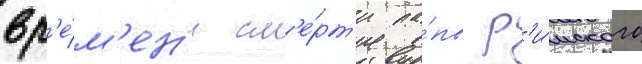
вр'е́м'ен'и см'е́рт'и па́пы р'и́мского